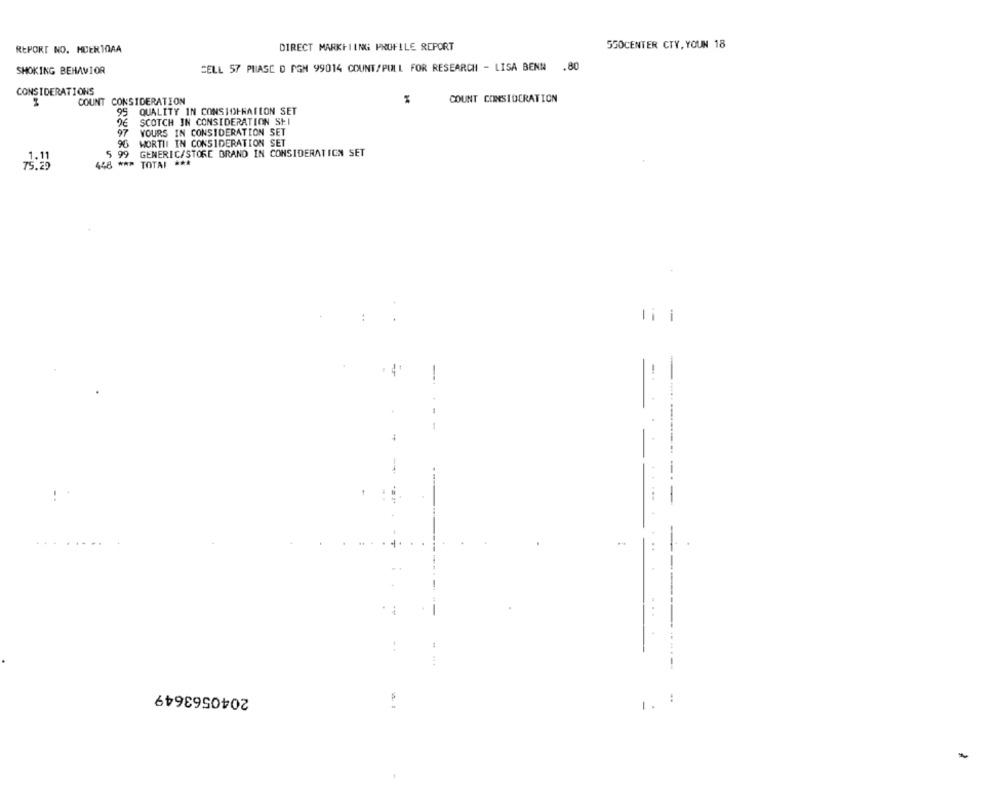
DIRECT MARKETING PROFILE REPORT
550CENTER CTY. YOUN 18
REPORT NO. MUERTOAA
SMOKING BEHAVIOR
CELL 57 PHASE D PGN 99014 COUNT/PULL FOR RESEARCH - LISA BENN .80
CONSIDERATIONS
COUNT CONSIDERATION
COUNT CONSIDERATION
95 QUALITY IN CONSJOHRATION SET
SCOTCH IN CONSIDERATION SEI
97
YOURS IN CONSIDERATION SET
WORTHI IN CONSIDERATION SET
96
5
99
GENERIC/STORE BRAND IN CONSIDERATION SET
75.29
448 *** TOTAI ***
li i
--------
----
...
2040563649
1. :